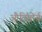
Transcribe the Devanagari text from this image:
औदितोर्य